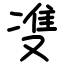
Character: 㕠